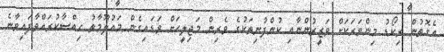
އެގޮތުން ރިކޯޑު މިންވަރަކަށް ވަޒީރުންނާއި ކުންފުނިތަކުގެ ވެރިން މަޖިލީހަށް ވަޑައިގެން މައުލޫމާތު ހިއްސާކުރައްވާފައިވާނެ